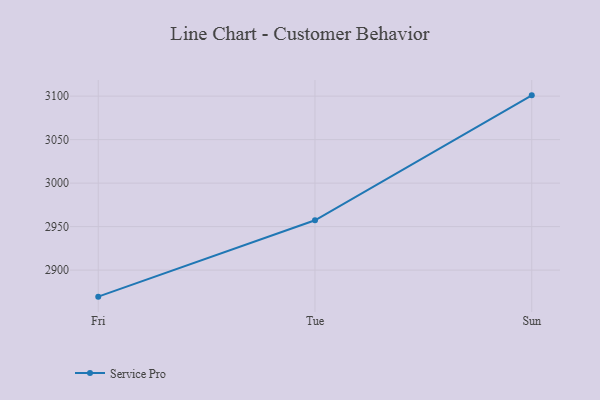
{"axis": {"x": "Day", "y": "Latency (ms)"}, "legend": ["Service Pro"], "data": [{"x": "Fri", "y": 2869.5, "type": "Service Pro"}, {"x": "Tue", "y": 2957.3, "type": "Service Pro"}, {"x": "Sun", "y": 3100.9, "type": "Service Pro"}]}